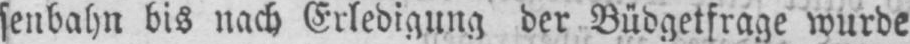
senbahn bis nach Erledigung der Büdgetfrage wurde